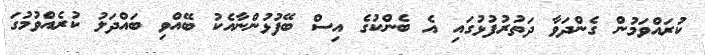
ކުރައްވަމުން ގެންދަވާ ދަތުރުފުޅުގައި އެ ބެންކުގެ އިސް ބޭފުޅުންނާއެކު ބޭއްވި ބައްދަލު ކުރެއްވުމުގަ